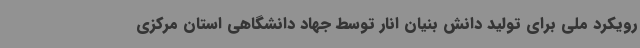
رویکرد ملی برای تولید دانش بنیان انار توسط جهاد دانشگاهی استان مرکزی